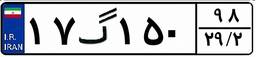
۱۷گ۱۵۰۹۸